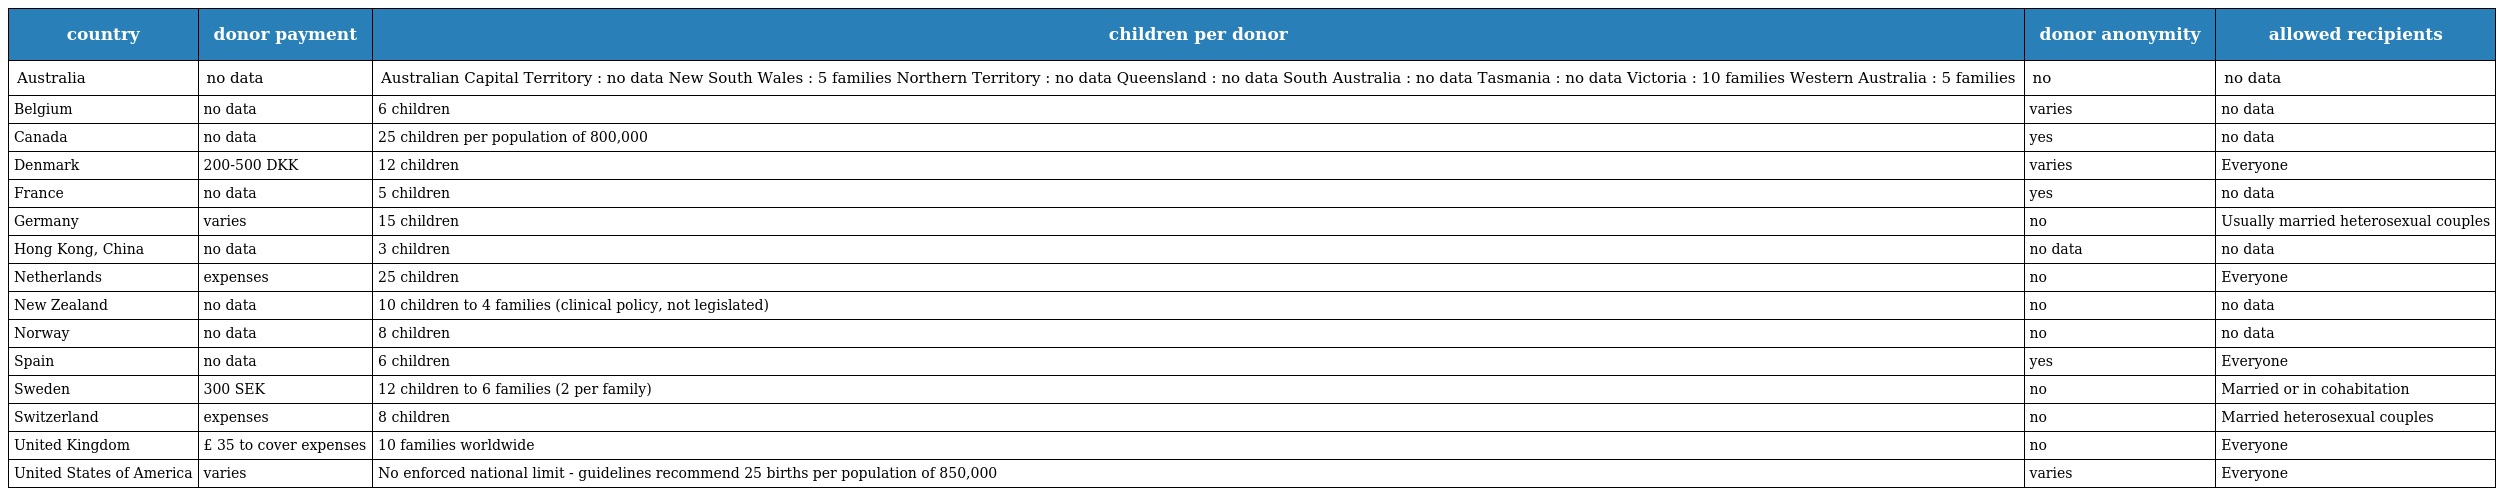
| country | donor payment | children per donor | donor anonymity | allowed recipients |
 | --- | --- | --- | --- | --- |
 | Australia | no data | Australian Capital Territory : no data New South Wales : 5 families Northern Territory : no data Queensland : no data South Australia : no data Tasmania : no data Victoria : 10 families Western Australia : 5 families | no | no data |
 | Belgium | no data | 6 children | varies | no data |
 | Canada | no data | 25 children per population of 800,000 | yes | no data |
 | Denmark | 200-500 DKK | 12 children | varies | Everyone |
 | France | no data | 5 children | yes | no data |
 | Germany | varies | 15 children | no | Usually married heterosexual couples |
 | Hong Kong, China | no data | 3 children | no data | no data |
 | Netherlands | expenses | 25 children | no | Everyone |
 | New Zealand | no data | 10 children to 4 families (clinical policy, not legislated) | no | no data |
 | Norway | no data | 8 children | no | no data |
 | Spain | no data | 6 children | yes | Everyone |
 | Sweden | 300 SEK | 12 children to 6 families (2 per family) | no | Married or in cohabitation |
 | Switzerland | expenses | 8 children | no | Married heterosexual couples |
 | United Kingdom | £ 35 to cover expenses | 10 families worldwide | no | Everyone |
 | United States of America | varies | No enforced national limit - guidelines recommend 25 births per population of 850,000 | varies | Everyone |